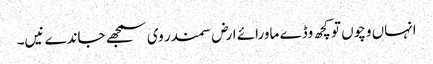
انہاں وچو‏ں تو کچھ وڈے ماورائے ارض سمندر وی سمجھ‏‏ے جاندے نیں۔